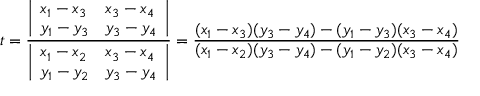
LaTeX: t = { \frac { \left| \begin{array} { l l } { x _ { 1 } - x _ { 3 } } & { x _ { 3 } - x _ { 4 } } \\ { y _ { 1 } - y _ { 3 } } & { y _ { 3 } - y _ { 4 } } \end{array} \right| } { \left| \begin{array} { l l } { x _ { 1 } - x _ { 2 } } & { x _ { 3 } - x _ { 4 } } \\ { y _ { 1 } - y _ { 2 } } & { y _ { 3 } - y _ { 4 } } \end{array} \right| } } = { \frac { ( x _ { 1 } - x _ { 3 } ) ( y _ { 3 } - y _ { 4 } ) - ( y _ { 1 } - y _ { 3 } ) ( x _ { 3 } - x _ { 4 } ) } { ( x _ { 1 } - x _ { 2 } ) ( y _ { 3 } - y _ { 4 } ) - ( y _ { 1 } - y _ { 2 } ) ( x _ { 3 } - x _ { 4 } ) } }